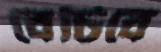
বেচিবে